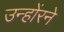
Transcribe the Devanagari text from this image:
उन्होंरने